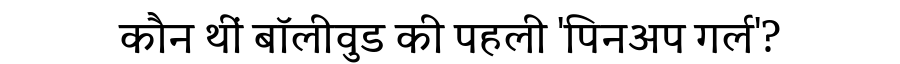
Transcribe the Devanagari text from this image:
कौन थीं बॉलीवुड की पहली 'पिनअप गर्ल'?